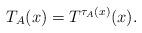
LaTeX: \begin{align*}T_A(x)=T^{\tau_A(x)}(x).\end{align*}